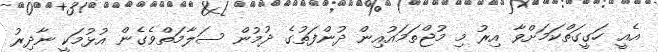
އެއީ ހަގީގަތްކަމަށްވާ އިރު މި މުޖްތަމައުއިން ދުންފަތުގެ ދުމުން ސަލާމަތްވެގެން އުޅުމަކީ ނާދިރު